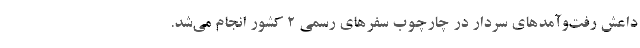
داعش رفت‌وآمدهای سردار در چارچوب سفر‌های رسمی 2 کشور انجام می‌شد.